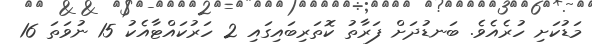
މަޑުކަށި ހުރެއެވެ. ބަނޑުދަށް ފަރާތު ކޮތަރިބައިގައި 2 ހަރުކައްޓާއެކު 15 ނުވަތަ 16